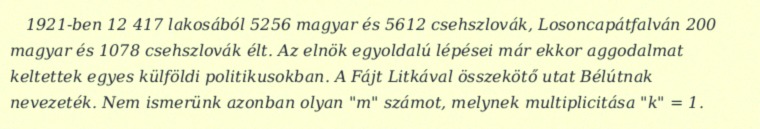
1921-ben 12 417 lakosából 5256 magyar és 5612 csehszlovák, Losoncapátfalván 200 magyar és 1078 csehszlovák élt. Az elnök egyoldalú lépései már ekkor aggodalmat keltettek egyes külföldi politikusokban. A Fájt Litkával összekötő utat Bélútnak nevezeték. Nem ismerünk azonban olyan "m" számot, melynek multiplicitása "k" = 1.